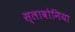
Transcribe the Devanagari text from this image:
स्लावोनिया